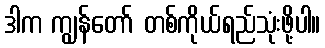
ဒါက ကျွန်တော် တစ်ကိုယ်ရည်သုံးဖို့ပါ။